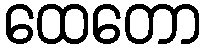
ထေတော